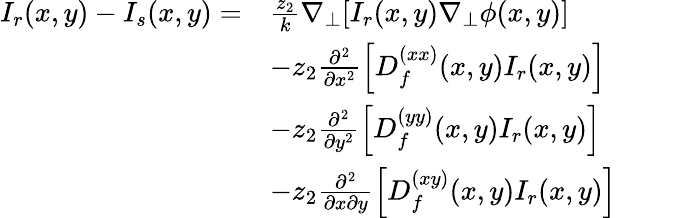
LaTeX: \begin{array}{rlrl}{I_{r}(x,y)-I_{s}(x,y)=}&{\frac{z_{2}}{k}\nabla_{\perp}[I_{r}(x,y)\nabla_{\perp}\phi(x,y)]}&&{}\\ &{-z_{2}\frac{\partial^{2}}{\partial x^{2}}\left[D_{f}^{(xx)}(x,y)I_{r}(x,y)\right]}\\ &{-z_{2}\frac{\partial^{2}}{\partial y^{2}}\left[D_{f}^{(yy)}(x,y)I_{r}(x,y)\right]}\\ &{-z_{2}\frac{\partial^{2}}{\partial x\partial y}\left[D_{f}^{(xy)}(x,y)I_{r}(x,y)\right]}\end{array}